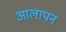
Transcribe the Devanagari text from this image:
आलापन